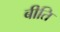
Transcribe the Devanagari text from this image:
बीति